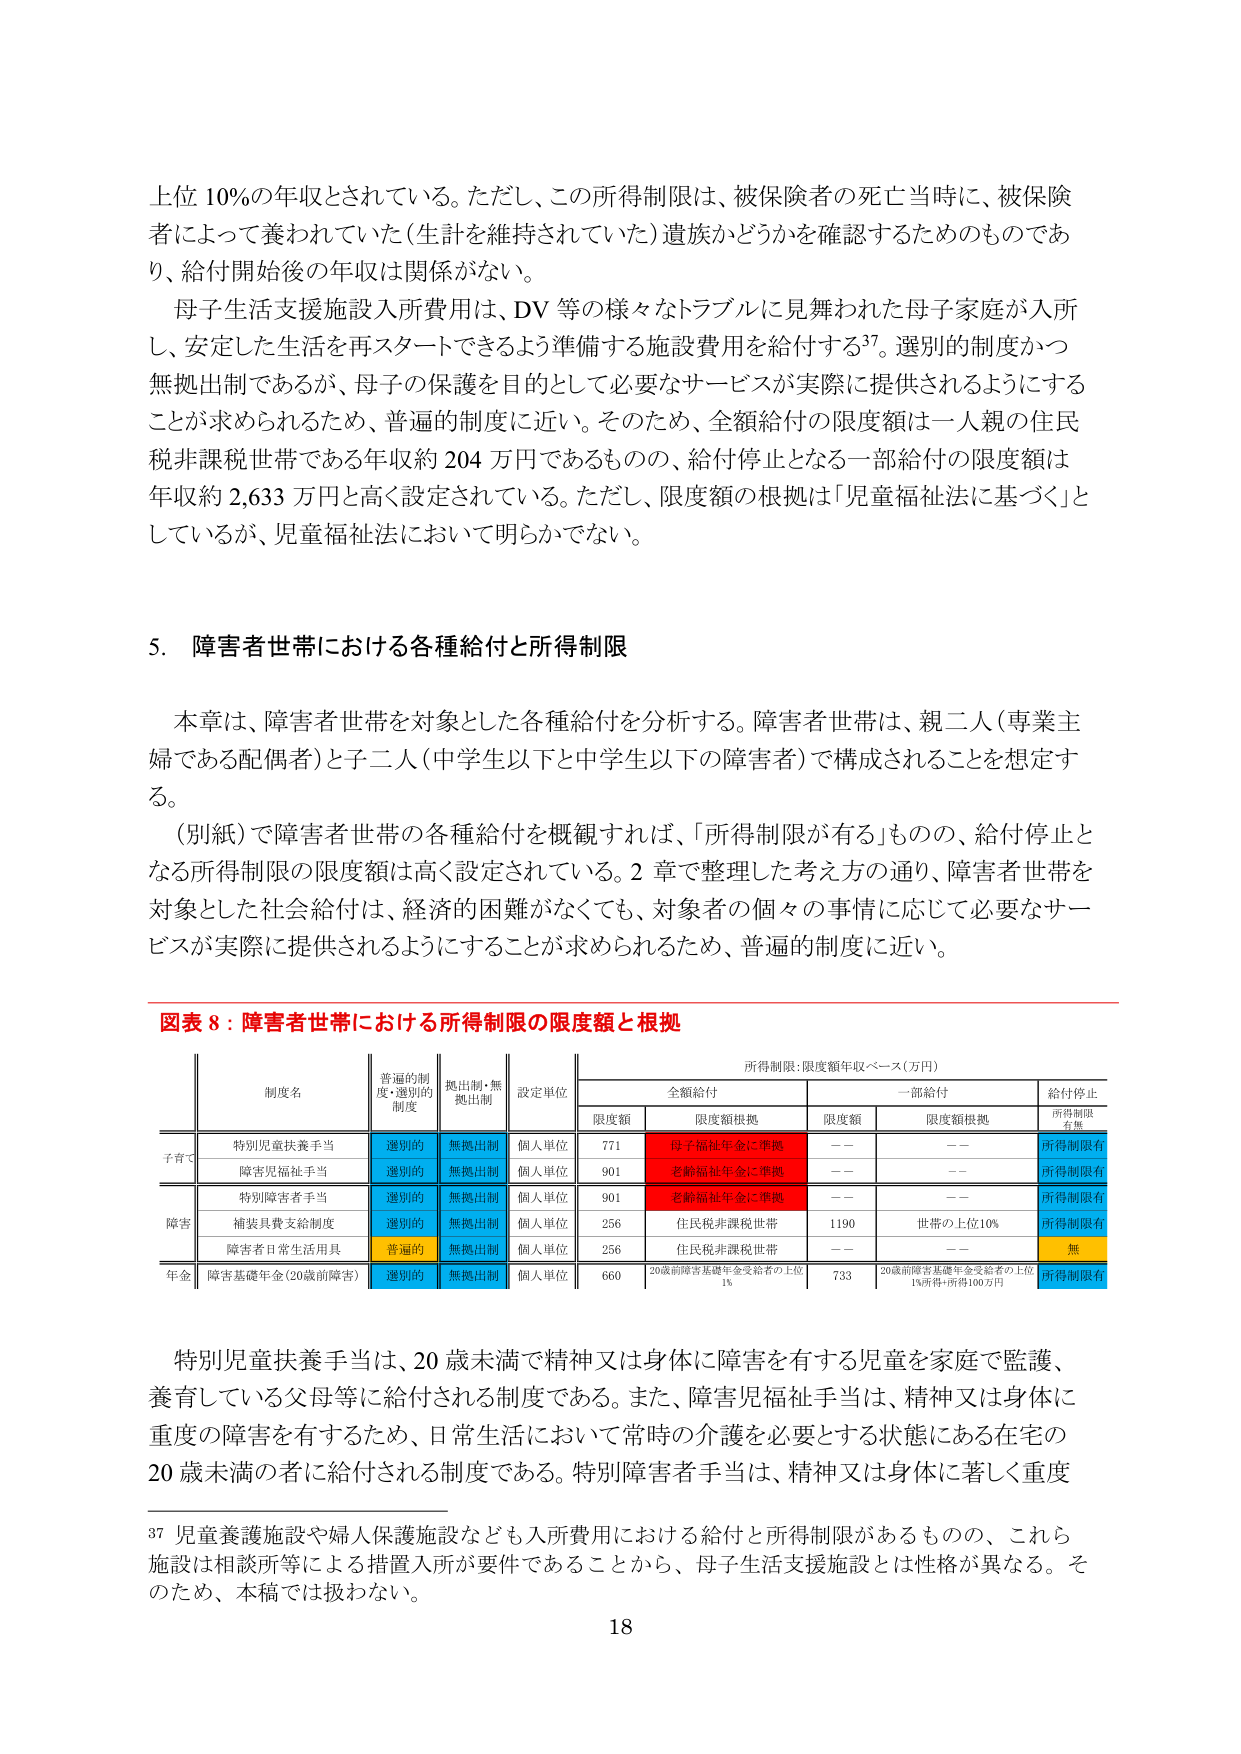
上位 10%の年収とされている。ただし、この所得制限は、被保険者の死亡当時に、被保険者によって養われていた（生計を維持されていた）遺族かどうかを確認するためのものであり、給付開始後の年収は関係がない。

母子生活支援施設入所費用は、DV 等の様々なトラブルに見舞われた母子家庭が入所し、安定した生活を再スタートできるよう準備する施設費用を給付する37。選別の制度かつ無拠出制であるが、母子の保護を目的として必要なサービスが実際に提供されるようにすることが求められるため、普遍的制度に近い。そのため、全額給付の限度額は一人親の住民税非課税世帯である年収約 204 万円であるものの、給付停止となる一部給付の限度額は年収約 2,633 万円と高く設定されている。ただし、限度額の根拠は「児童福祉法に基づく」としているが、児童福祉法において明らかでない。

5．障害者世帯における各種給付と所得制限

本章は、障害者世帯を対象とした各種給付を分析する。障害者世帯は、親二人（専業主婦である配偶者）と子二人（中学生以下と中学生以下の障害者）で構成されることを想定する。

（別紙）で障害者世帯の各種給付を概観すれば、「所得制限がある」ものの、給付停止となる所得制限の限度額は高く設定されている。2 章で整理した考え方の通り、障害者世帯を対象とした社会給付は、経済的困難がなくても、対象者の個々の事情に応じて必要なサービスが実際に提供されるようにすることが求められるため、普遍的制度に近い。

図表 8：障害者世帯における所得制限の限度額と根拠

所得制限：限度額年収ベース（万円）

| 制度名 | 普遍的制度・選別の制度 | 拠出制・無拠出制 | 設定単位 | 全額給付 | 一部給付 | 給付停止 |
|--------|------------------------|------------------|----------|----------|----------|----------|
|        |                        |                  |          | 限度額   | 限度額根拠 | 限度額   | 限度額根拠 | 所得制限有無 |
| 子育て | 特別児童扶養手当       | 選別の           | 無拠出制 | 個人単位 | 771      | 母子福祉年金に準拠 | —— | —— | 所得制限有 |
|        | 障害児福祉手当         | 選別の           | 無拠出制 | 個人単位 | 901      | 老齢福祉年金に準拠 | —— | —— | 所得制限有 |
| 障害   | 特別障害者手当         | 選別の           | 無拠出制 | 個人単位 | 901      | 老齢福祉年金に準拠 | —— | —— | 所得制限有 |
|        | 補装具費支給制度       | 選別の           | 無拠出制 | 個人単位 | 256      | 住民税非課税世帯   | 1190 | 世帯の上位10% | 所得制限有 |
|        | 障害者日常生活用具     | 普遍的           | 無拠出制 | 個人単位 | 256      | 住民税非課税世帯   | —— | —— | 無 |
| 年金   | 障害基礎年金（20歳前障害） | 選別の           | 無拠出制 | 個人単位 | 660      | 20歳前障害基礎年金受給者の上位1% | 733 | 20歳前障害基礎年金受給者の上位1%所得・所得100万円 | 所得制限有 |

特別児童扶養手当は、20 歳未満で精神又は身体に障害を有する児童を家庭で監護、養育している父母等に給付される制度である。また、障害児福祉手当は、精神又は身体に重度の障害を有するため、日常生活において常時の介護を必要とする状態にある在宅の 20 歳未満の者に給付される制度である。特別障害者手当は、精神又は身体に著しく重度

37 児童養護施設や婦人保護施設なども入所費用における給付と所得制限があるものの、これら施設は相談所等による措置入所が要件であることから、母子生活支援施設とは性格が異なる。そのため、本稿では扱わない。

18